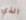
الذي